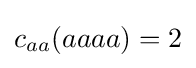
c_{aa}(aaaa)=2